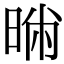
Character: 𣇢